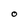
Character: O